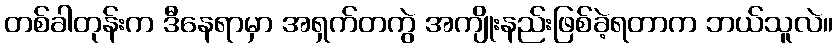
တစ်ခါတုန်းက ဒီနေရာမှာ အရှက်တကွဲ အကျိုးနည်းဖြစ်ခဲ့ရတာက ဘယ်သူလဲ။